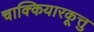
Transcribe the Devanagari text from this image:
चाक्कियारकूत्तु